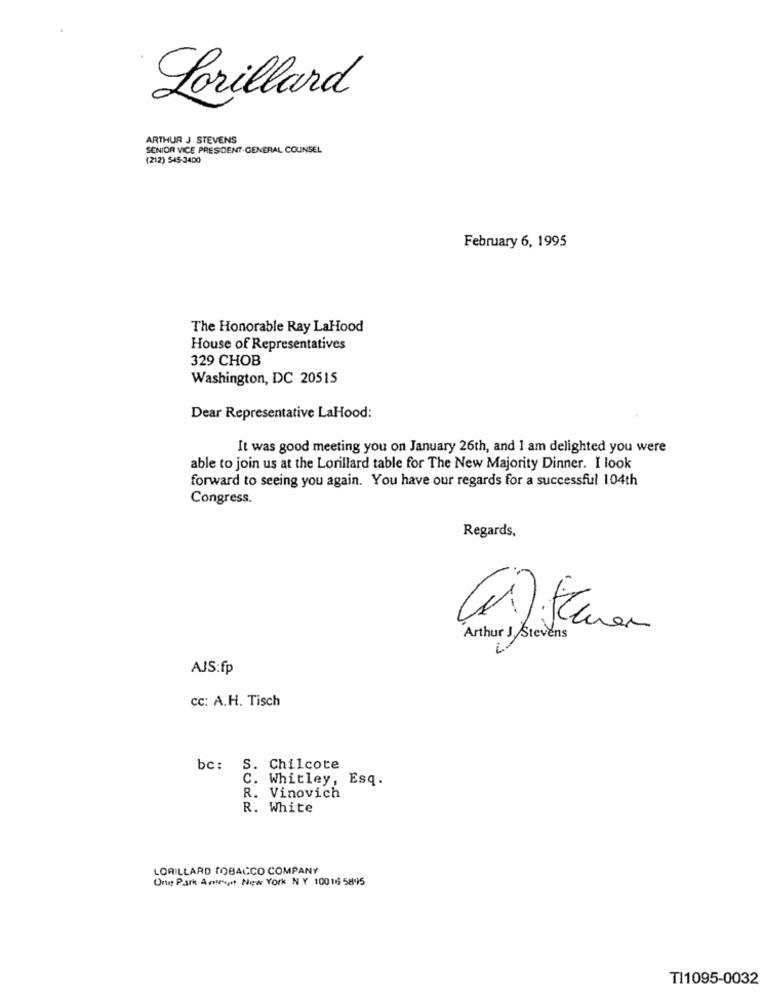
Lorillard
ARTHUR J STEVENS
SENIOR VICE PRESIDENT.GENERAL COUNSEL
(212) 545-3400
February 6, 1995
The Honorable Ray LaHood
House of Representatives
329 CHOB
Washington, DC 20515
Dear Representative LaHood:
It was good meeting you on January 26th, and I am delighted you were
able to join us at the Lorillard table for The New Majority Dinner. I look
forward to seeing you again. You have our regards for a successful 104th
Congress.
Regards,
--
Arthur J Stevens
AJS:fp
cc: A.H. Tisch
bc: S. Chilcote
C. Whitley, Esq.
R. Vinovich
R. White
LORILLARD TOBACCO COMPANY
One Park Arm New York NY 10016 5895
TI1095-0032